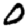
Digit: 0